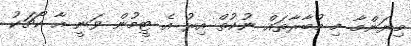
މިޔަންމާ މި މުބާރާތައް ނުކުތް އިރު އެ ޓީމުން ވަނީ އާ ކޯޗަކު